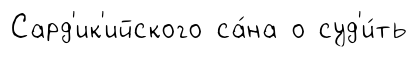
Сард'ик'ийского са́на о суд'и́ть